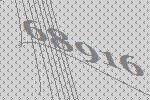
68916